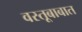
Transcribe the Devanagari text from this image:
वस्तूबाबात